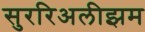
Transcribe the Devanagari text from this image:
सुररिअलीझम